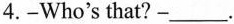
4.-Who's that?-___.